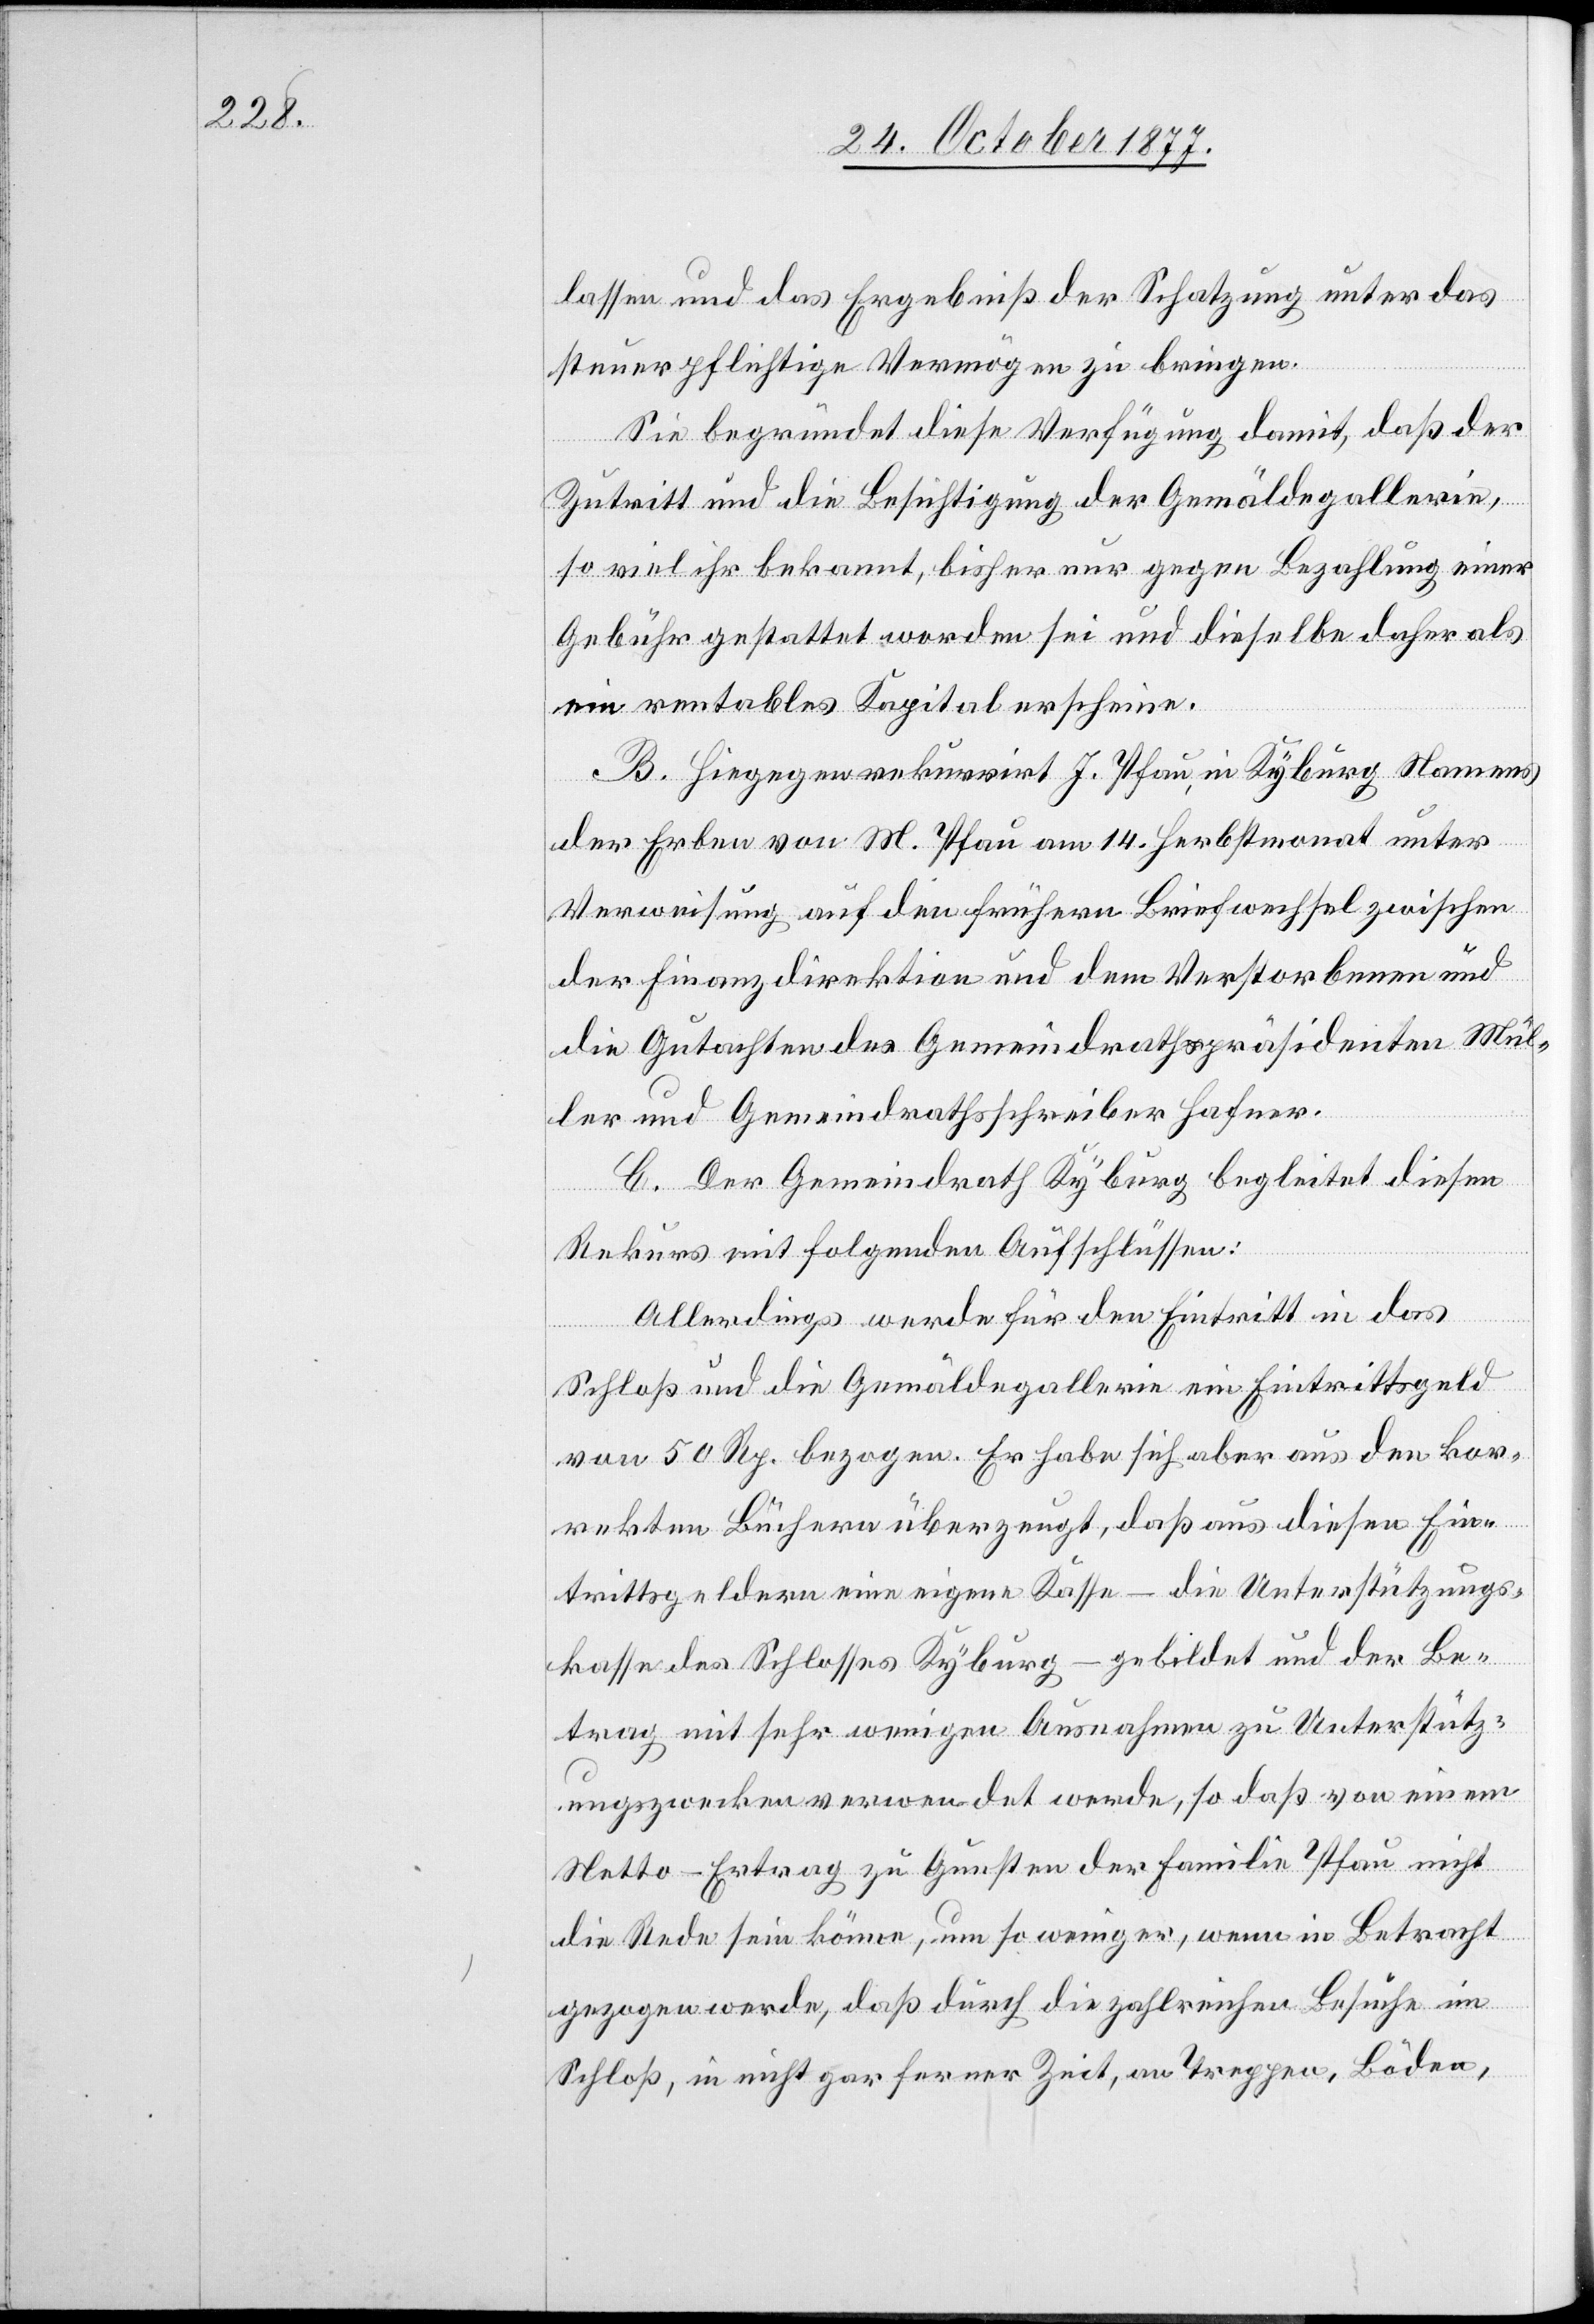
lassen und das Ergebniß der Schatzung unter das
steuerpflichtige Vermögen zu bringen.
Sie begründet diese Verfügung damit, daß der
Zutritt und die Besichtigung der Gemäldegallerie,
so viel ihr bekannt, bisher nur gegen Bezahlung einer
Gebühr gestattet worden sei und dieselbe daher als
ein rentables Kapital erscheine.
B. Hiegegen rekurrirt J. Pfau, in Kyburg Namens
der Erben von M. Pfau am 14. Herbstmonat unter
Verweisung auf den frühern Briefwechsel zwischen
der Finanzdirektion und dem Verstorbenen und
die Gutachten des Gemeindrathspräsidenten Mül¬
ler und Gemeindrathsschreiber Hafner.
C. Der Gemeindrath Kyburg begleitet diesen
Rekurs mit folgenden Aufschlüssen:
Allerdings werde für den Eintritt in das
Schloß und die Gemäldegallerie ein Eintrittsgeld
von 50 Rp. bezogen. Er habe sich aber aus den kor¬
rekten Büchern überzeugt, daß aus diesen Ein¬
trittsgeldern eine eigene Kasse – die Unterstützungs¬
kasse des Schlosses Kyburg – gebildet und der Be¬
trag mit sehr wenigen Ausnahmen zu Unterstütz¬
ungszwecken verwendet werde, so daß von einem
Netto-Ertrag zu Gunsten der Familie Pfau nicht
die Rede sein könne, um so weniger, wenn in Betracht
gezogen werde, daß durch die zahlreichen Besuche im
Schloß, in nicht gar ferner Zeit, an Treppen, Böden,